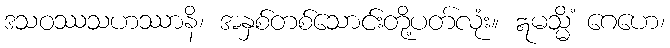
ဒသဝဿသဟဿာနိ၊ အနှစ်တစ်သောင်းတို့ပတ်လုံး။ ဣမသ္မိံ ဂေဟေ၊